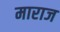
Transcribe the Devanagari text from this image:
माराज